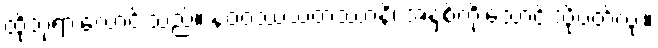
ထိုဘုရားလောင်းသည်။ နဝဝဿသတဿာနိ၊ အနှစ်ကိုးသောင်းသို့ပတ်လုံး။